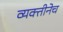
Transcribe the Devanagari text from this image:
व्यक्तीनेच